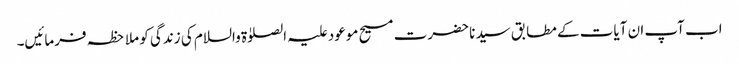
اب آپ ان آیات کے مطابق سیدنا حضرت مسیح موعود علیہ الصلوٰۃ والسلام کی زندگی کو ملاحظہ فرمائیں۔